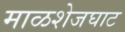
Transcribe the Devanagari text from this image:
माळशेजघाट